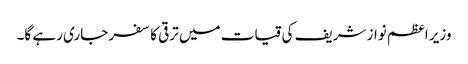
وزیر اعظم نواز شریف کی قیات میں ترقی کا سفر جاری رہے گا۔